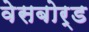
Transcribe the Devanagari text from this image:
वेसबोर्ड